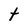
Character: t